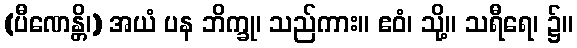
(ပီဏေန္တိ၊) အယံ ပန ဘိက္ခု၊ သည်ကား။ ဧဝံ၊ သို့။ သရီရေ၊ ၌။